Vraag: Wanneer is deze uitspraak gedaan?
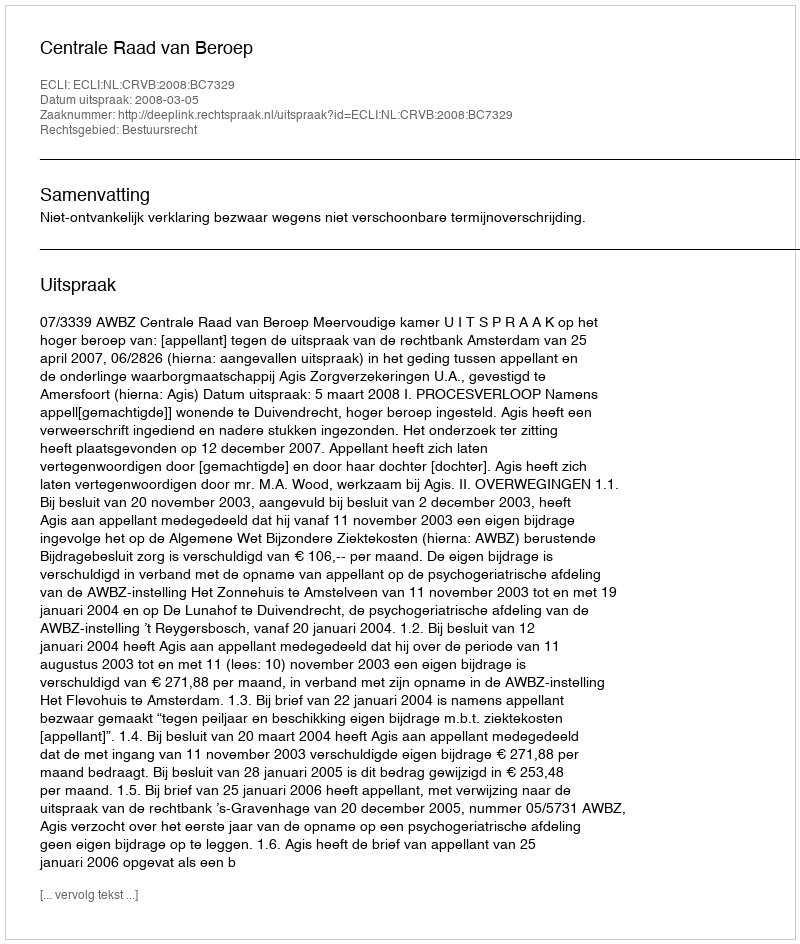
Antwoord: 2008-03-05